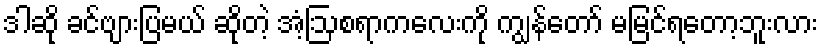
ဒါဆို ခင်ဗျားပြမယ် ဆိုတဲ့ အံ့ဩစရာကလေးကို ကျွန်တော် မမြင်ရတော့ဘူးလား